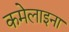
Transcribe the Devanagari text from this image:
कमेलाइना